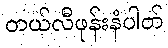
တယ်လီဖုန်းနံပါတ်